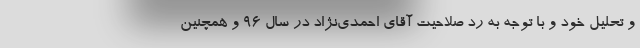
و تحلیل خود و با توجه به رد صلاحیت آقای احمدی‌نژاد در سال ۹۶ و همچنین